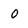
Character: 0